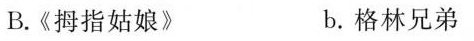
B.《拇指姑娘》 b. 格林兄弟